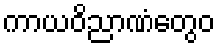
ကာယဝိညာဏံတွေဝ